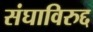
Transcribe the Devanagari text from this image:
संघाविरुद्द